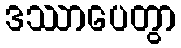
ဒဿာပေတွာ